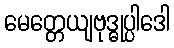
မေတ္တေယျဗုဒ္ဓုပ္ပါဒေါ